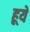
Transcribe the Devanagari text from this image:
हूये